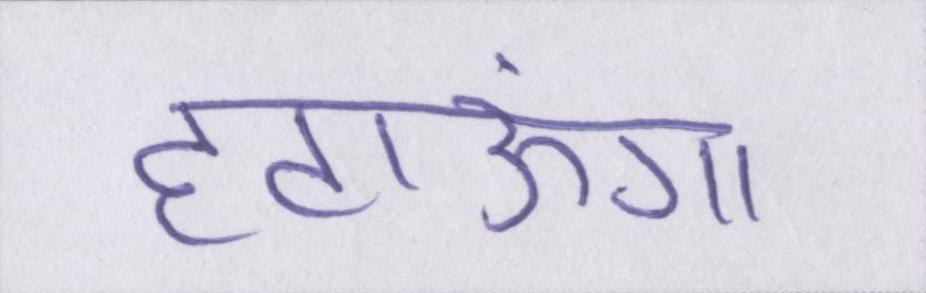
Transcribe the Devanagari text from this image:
हटाऊंगा